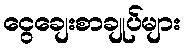
ငွေချေးစာချုပ်များ